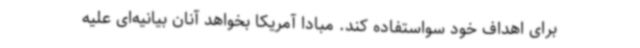
برای اهداف خود سواستفاده کند. مبادا آمریکا بخواهد آنان بیانیه‌ای علیه